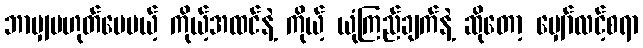
ဘာမျှမဟုတ်ပေမယ့် ကိုယ့်အထင်နဲ့ ကိုယ့် ယုံကြည်ချက်နဲ့ ဆိုတော့ မျှော်လင့်စရာ